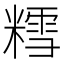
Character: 𫟀